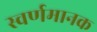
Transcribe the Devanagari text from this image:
स्वर्णमानक